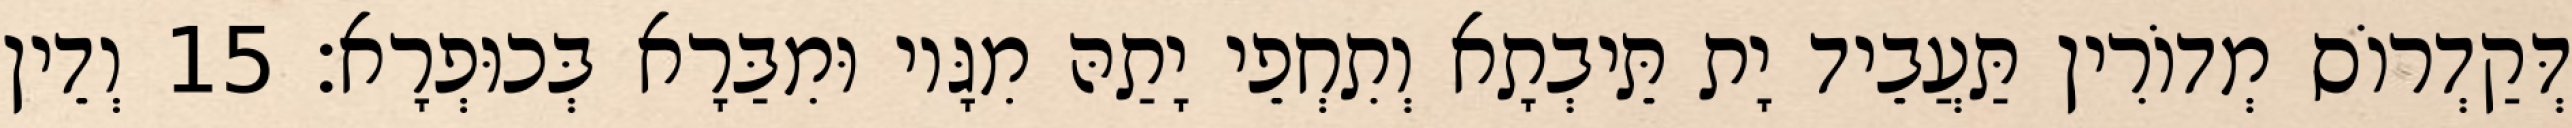
דְּקַדְרוֹס מְדוֹרִין תַּעֲבֵיד יָת תֵּיבְתָא וְתִחְפֵי יָתַהּ מִגָּיו וּמִבַּרָא בְּכוּפְרָא׃ 15 וְדֵין